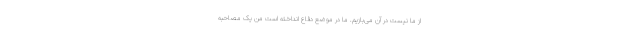
از ما نیست در آن می‌بازیم. ما در موضع دفاع انداخته است من یک مصاحبه